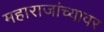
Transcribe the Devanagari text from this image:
महाराजांच्यावर